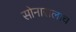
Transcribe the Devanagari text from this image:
सोनारालाच